Annual report on the Civil Veterinary Department, Burma (including the Insein Veterinary School) - 1923-1931
Year: 1923
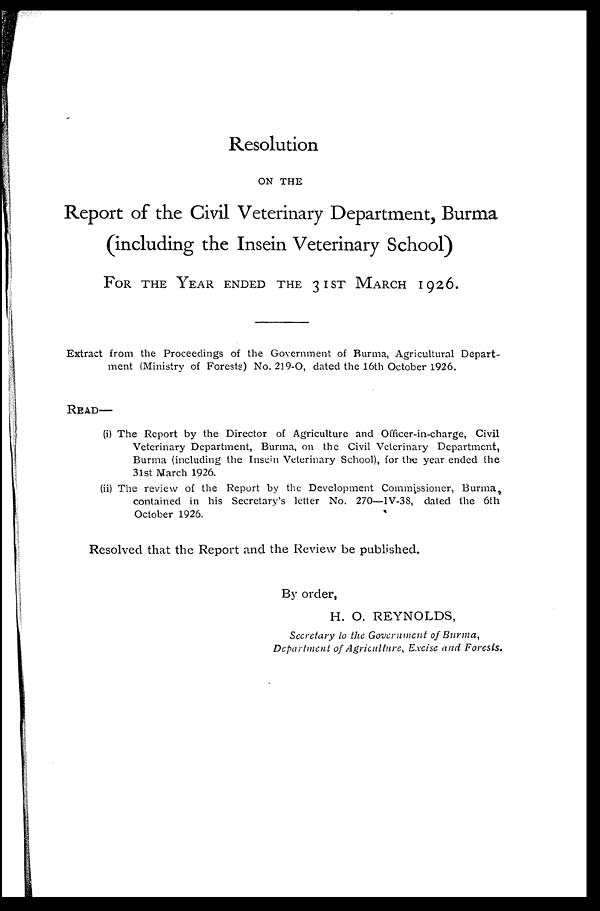
Resolution
ON THE
Report of the Civil Veterinary Department, Burma
(including the Insein Veterinary School)
FOR THE YEAR ENDED THE 31ST
MARCH
1926.
Extract from the Proceedings of the Government of Burma, Agricultural Depart-
ment (Ministry of Forests) No. 219-O, dated the 16th October 1926.
READ—
(i) The Report by the Director of Agriculture and Officer-in-charge, Civil
Veterinary Department, Burma, on the Civil Veterinary Department,
Burma (including the Insein Veterinary School), for the year ended the
31st March 1926.
(ii) The review of the Report by the Development Commissioner, Burma,
contained in his Secretary's letter No. 270—IV-38, dated the 6th
October 1926.
Resolved that the Report and the Review be published.
By order,
H. O. REYNOLDS,
Secretary to the Government of Burma,
Department of Agriculture, Excise and Forests.